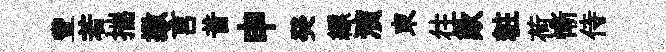
豐若揣撒言昔申癸縹演束往歎粧荷慚侍